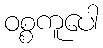
ဝစ္စကူပေါ